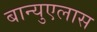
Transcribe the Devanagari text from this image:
बान्युएलास